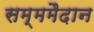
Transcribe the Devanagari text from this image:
सम्ममैदान